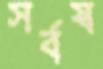
সর্বস্ব